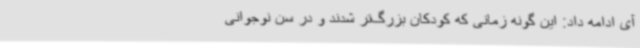
آی ادامه داد: این گونه زمانی که کودکان بزرگ‌تر شدند و در سن نوجوانی